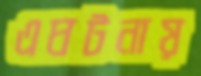
এঘটনায়